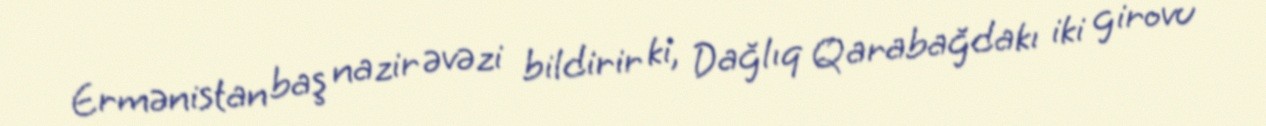
Ermənistan baş nazir əvəzi bildirir ki, Dağlıq Qarabağdakı iki girovu